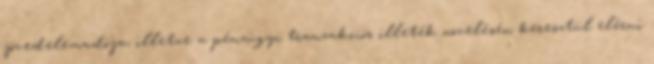
jövedelemadója, illetve a pénzügyi tranzakciós illeték növelésén keresztül elérni